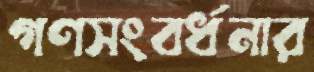
গণসংবর্ধনার